Leaving Certificate Examination, 1927
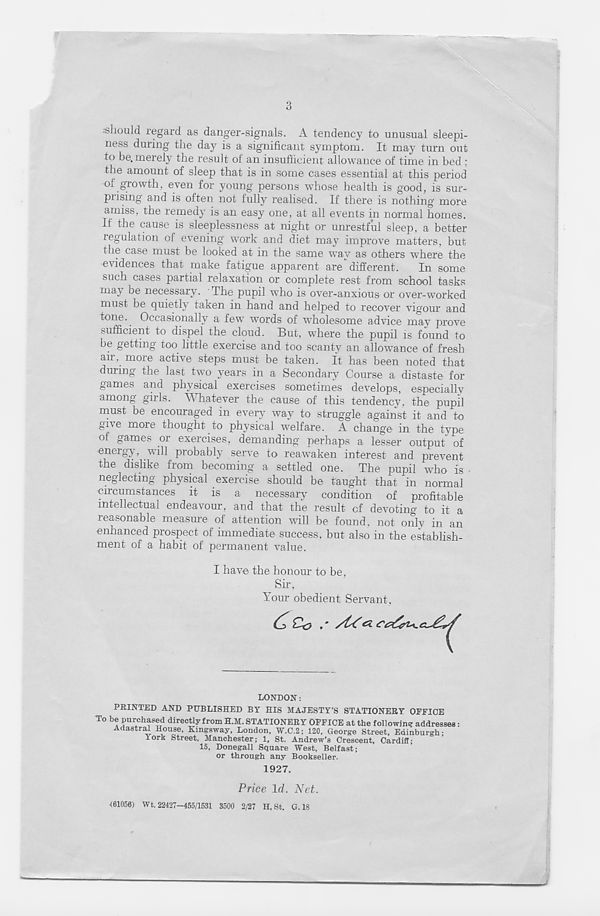
3
••should regard as danger-signals. A tendency to unusual sleepi-
ness during the day is a significant symptom. It may turn out
to be. merely the result of an insufficient allowance of time in bed ;
the amount of sleep that is in some cases essential at this period
of growth, even for young persons whose health is good, is sur-
prising and is often not fully realised. If there is nothing more
amiss, the remedy is an easy one, at all events in normal homes.
If the cause is sleeplessness at night or unrestful sleep, a better
regulation of evening work and diet may improve matters, but
the case must be looked at in the same way as others where the
evidences that make fatigue apparent are different.
In some
such cases partial relaxation or complete rest from school tasks
may be necessary. The pupil who is over-anxious or over-worked
must be quietly taken in hand and helped to recover vigour and
tone. Occasionally a few words of wholesome advice may prove
sufficient to dispel the cloud. But, where the pupil is found to
be getting too little exercise and too scanty an allowance of fresh
air. more active steps must be taken. It has been noted that
during the last two years in a Secondary Course a distaste for
games and physical exercises sometimes develops, especiallv
among girls. W hatever the cause of this tendency, the pupil
must be encouraged in every way to struggle against it and to
give more thought to physical welfare. A change in the type
of games or exercises, demanding perhaps a lesser output of
energy, will probably serve to reawaken interest and prevent
the dislike from becoming a settled one. The pupil who is •
neglecting physical exercise should be taught that in normal
circumstances it is a necessary condition of profitable
intellectual endeavour, and that the result of devoting to it a
reasonable measure of attention will be found, not only in an
enhanced prospect of immediate success, but also in the establish-
ment of a habit of permanent value.
I have the honour to be,
Sir,
Your obedient Servant,
LONDON:
PRINTED AND PUBLISHED BY HIS MAJESTY’S STATIONERY OFFICE
To be purchased directly from H.M. STATIONERY OFFICE at the following addresses :
Adastral House, Ringsway, London, W.C.2; 120, George Street, Edinburgh-
York Street, Manchester; 1, St. Andrew’s Crescent, Cardiff-
15, Donegall Square "West, Belfast;
or through any Bookseller.
1927.
Price Id. Net.
<61056) Wt. 22427—455/1531 3500 2/27 H. St. G. 18